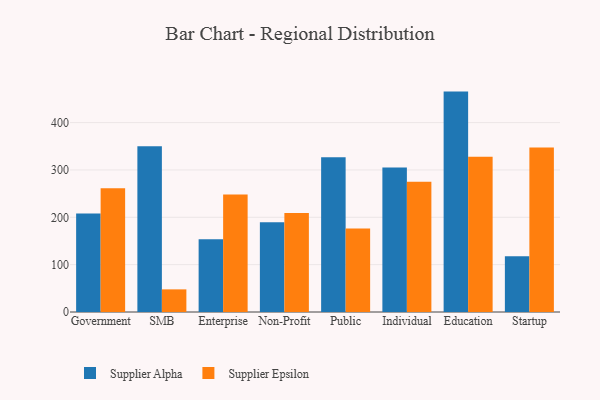
{"axis": {"x": "Segment", "y": "Conversion Rate (%)"}, "legend": ["Supplier Alpha", "Supplier Epsilon"], "data": [{"x": "Government", "y": 208.1, "type": "Supplier Alpha"}, {"x": "Government", "y": 261.6, "type": "Supplier Epsilon"}, {"x": "SMB", "y": 349.9, "type": "Supplier Alpha"}, {"x": "SMB", "y": 47.8, "type": "Supplier Epsilon"}, {"x": "Enterprise", "y": 153.5, "type": "Supplier Alpha"}, {"x": "Enterprise", "y": 248.0, "type": "Supplier Epsilon"}, {"x": "Non-Profit", "y": 189.3, "type": "Supplier Alpha"}, {"x": "Non-Profit", "y": 209.0, "type": "Supplier Epsilon"}, {"x": "Public", "y": 327.0, "type": "Supplier Alpha"}, {"x": "Public", "y": 176.5, "type": "Supplier Epsilon"}, {"x": "Individual", "y": 305.4, "type": "Supplier Alpha"}, {"x": "Individual", "y": 275.1, "type": "Supplier Epsilon"}, {"x": "Education", "y": 465.5, "type": "Supplier Alpha"}, {"x": "Education", "y": 328.0, "type": "Supplier Epsilon"}, {"x": "Startup", "y": 117.9, "type": "Supplier Alpha"}, {"x": "Startup", "y": 347.5, "type": "Supplier Epsilon"}]}